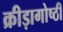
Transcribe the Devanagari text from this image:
क्रीड़ागोष्ठी